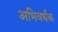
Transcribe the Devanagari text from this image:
अभिवर्धक